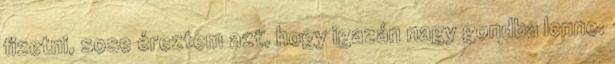
fizetni, sose éreztem azt, hogy igazán nagy gondba lenne.